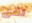
لقى